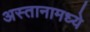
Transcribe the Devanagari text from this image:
अस्तानामध्ये